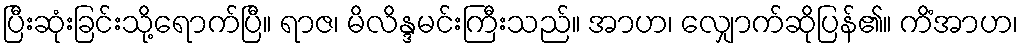
ပြီးဆုံးခြင်းသို့ရောက်ပြီ။ ရာဇ၊ မိလိန္ဒမင်းကြီးသည်။ အာဟ၊ လျှောက်ဆိုပြန်၏။ ကိံအာဟ၊